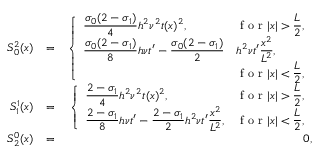
\begin{array} { r l r } { S _ { 0 } ^ { 2 } ( x ) } & { = } & { \left\{ \begin{array} { l l } { \displaystyle \frac { \sigma _ { 0 } ( 2 - \sigma _ { 1 } ) } { 4 } h ^ { 2 } \nu ^ { 2 } t ( x ) ^ { 2 } , } & { \displaystyle \textrm { f o r } | x | > \frac { L } { 2 } , } \\ { \displaystyle \frac { \sigma _ { 0 } ( 2 - \sigma _ { 1 } ) } { 8 } h \nu t ^ { \prime } - \frac { \sigma _ { 0 } ( 2 - \sigma _ { 1 } ) } { 2 } } & { \displaystyle h ^ { 2 } \nu t ^ { \prime } \frac { x ^ { 2 } } { L ^ { 2 } } , } \\ & { \displaystyle \textrm { f o r } | x | < \frac { L } { 2 } , } \end{array} \right. } \\ { S _ { 1 } ^ { 1 } ( x ) } & { = } & { \left\{ \begin{array} { l l } { \displaystyle \frac { 2 - \sigma _ { 1 } } { 4 } h ^ { 2 } \nu ^ { 2 } t ( x ) ^ { 2 } , } & { \displaystyle \textrm { f o r } | x | > \frac { L } { 2 } , } \\ { \displaystyle \frac { 2 - \sigma _ { 1 } } { 8 } h \nu t ^ { \prime } - \frac { 2 - \sigma _ { 1 } } { 2 } h ^ { 2 } \nu t ^ { \prime } \frac { x ^ { 2 } } { L ^ { 2 } } , } & { \displaystyle \textrm { f o r } | x | < \frac { L } { 2 } , } \end{array} \right. } \\ { S _ { 2 } ^ { 0 } ( x ) } & { = } & { 0 , } \end{array}